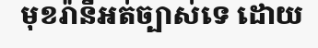
មុខរ៉ានីអត់ច្បាស់ទេ ដោយ